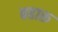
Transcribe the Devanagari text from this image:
बहारू